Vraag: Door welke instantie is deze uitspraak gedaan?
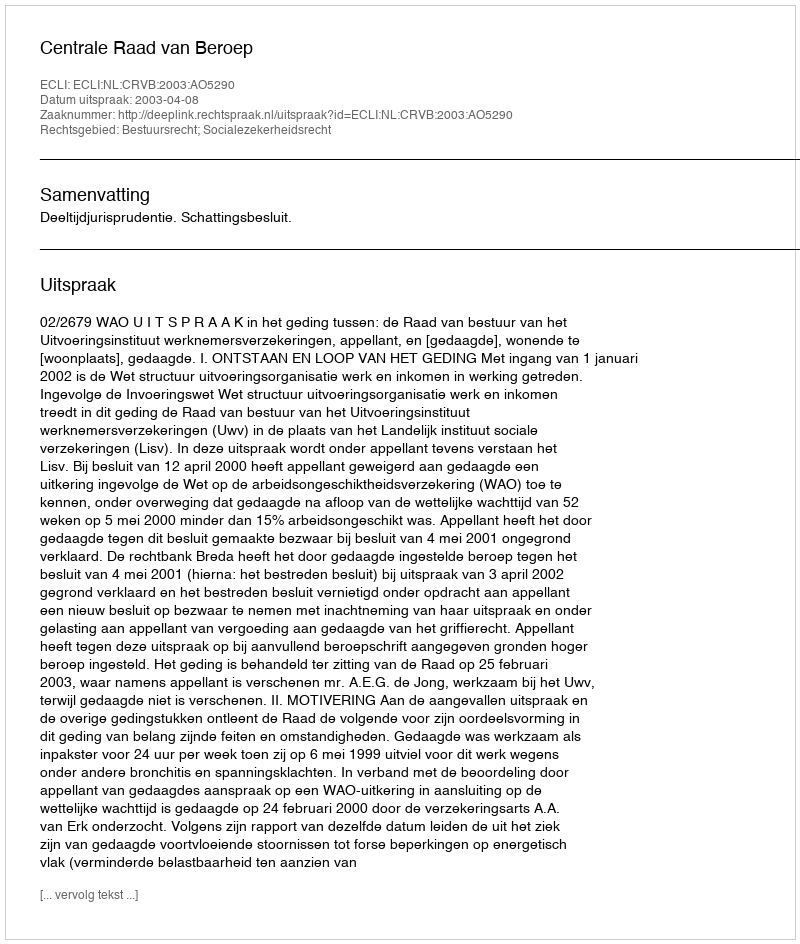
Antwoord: Centrale Raad van Beroep